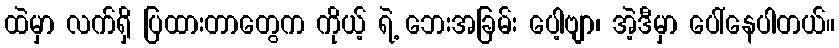
ထဲမှာ လက်ရှိ ပြထားတာတွေက ကိုယ့် ရဲ့ ဘေးအခြမ်း ပေါ့ဗျာ၊ အဲ့ဒီမှာ ပေါ်နေပါတယ်။